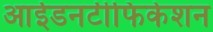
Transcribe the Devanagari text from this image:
आईडनटीफिकेशन